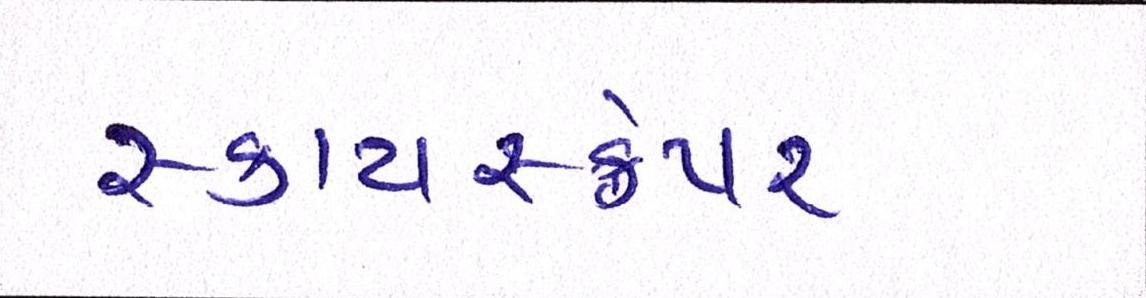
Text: સ્કાયસ્ક્રેપર